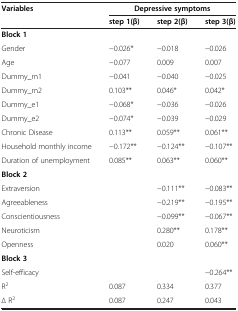
<table><thead><tr><td rowspan="2"><b>Variables</b></td><td colspan="3"><b>Depressive symptoms</b></td></tr><tr><td><b>step 1(β)</b></td><td><b>step 2(β)</b></td><td><b>step 3(β)</b></td></tr></thead><tbody><tr><td><b>Block 1</b></td><td> </td><td> </td><td> </td></tr><tr><td>Gender</td><td>-0.026*</td><td>-0.018</td><td>-0.026</td></tr><tr><td>Age</td><td>-0.077</td><td>0.009</td><td>0.007</td></tr><tr><td>Dummy_m1</td><td>-0.041</td><td>-0.040</td><td>-0.025</td></tr><tr><td>Dummy_m2</td><td>0.103**</td><td>0.046*</td><td>0.042*</td></tr><tr><td>Dummy_e1</td><td>-0.068*</td><td>-0.036</td><td>-0.026</td></tr><tr><td>Dummy_e2</td><td>-0.074*</td><td>-0.039</td><td>-0.029</td></tr><tr><td>Chronic Disease</td><td>0.113**</td><td>0.059**</td><td>0.061**</td></tr><tr><td>Household monthly income</td><td>-0.172**</td><td>-0.124**</td><td>-0.107**</td></tr><tr><td>Duration of unemployment</td><td>0.085**</td><td>0.063**</td><td>0.060**</td></tr><tr><td><b>Block 2</b></td><td> </td><td> </td><td> </td></tr><tr><td>Extraversion</td><td> </td><td>-0.111**</td><td>-0.083**</td></tr><tr><td>Agreeableness</td><td> </td><td>-0.219**</td><td>-0.195**</td></tr><tr><td>Conscientiousness</td><td> </td><td>-0.099**</td><td>-0.067**</td></tr><tr><td>Neuroticism</td><td> </td><td>0.280**</td><td>0.178**</td></tr><tr><td>Openness</td><td> </td><td>0.020</td><td>0.060**</td></tr><tr><td><b>Block 3</b></td><td> </td><td> </td><td> </td></tr><tr><td>Self-efficacy</td><td> </td><td> </td><td>-0.264**</td></tr><tr><td>R<sup>2</sup></td><td>0.087</td><td>0.334</td><td>0.377</td></tr><tr><td>Δ R<sup>2</sup></td><td>0.087</td><td>0.247</td><td>0.043</td></tr></tbody></table>